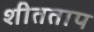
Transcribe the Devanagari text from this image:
शीतताप